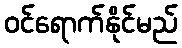
ဝင်ရောက်နိုင်မည်